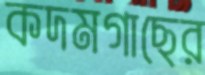
কদমগাছের